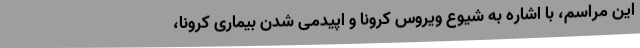
این مراسم، با اشاره به شیوع ویروس کرونا و اپیدمی شدن بیماری کرونا،